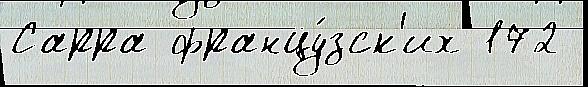
Сарра францу́зск'их 172